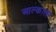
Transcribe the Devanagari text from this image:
आल्काला